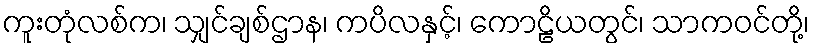
ကူးတုံလစ်က၊ သျှင်ချစ်ဌာန၊ ကပိလနှင့်၊ ကောဠိယတွင်၊ သာကဝင်တို့၊